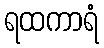
ရထကာရံ